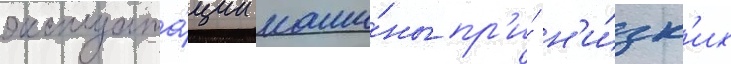
эксплуата́ции маши́ны пр'и́ н'и́зк'их